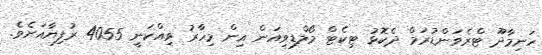
ހަނިމާދޫ ޓްރެވަންޑުރަމް ދެކޮޅު ޓިކެޓް މޯލްޑިވިއަން އިން މިހާރު ވިއްކަނީ 4055 ރުފިޔާއަށެވެ.